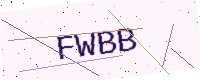
Text: FWBB